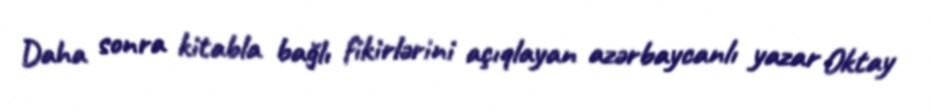
Daha sonra kitabla bağlı fikirlərini açıqlayan azərbaycanlı yazar Oktay